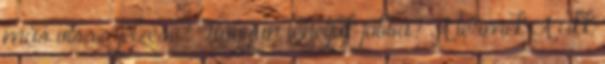
más visszajelzése? Hogyan tehetjük jobbá? A termék A cikk